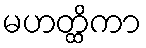
မဟတ္ထိကာ